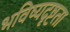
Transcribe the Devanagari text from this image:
भविष्यदृष्टता